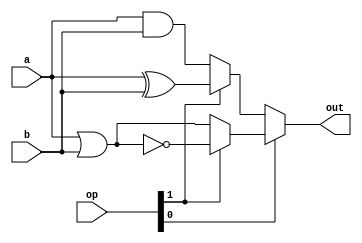
`ifndef GUARD_LOGIC_PART
`define GUARD_LOGIC_PART

module LogicPart (
    a,
    b,
    op,
    out
);

    input [31:0] a;
    input [31:0] b;
    input [1:0] op;
    output [31:0] out;

    wire [31:0] temp_or;
    wire [31:0] temp_xor_and;
    wire [31:0] temp_nor_or;

    assign temp_or = a | b;
    assign temp_nor_or = (op[1]) ? ~temp_or : temp_or;

    assign temp_xor_and = (op[1]) ? (a ^ b) : (a & b);

    assign out = (op[0]) ? temp_nor_or : temp_xor_and;

endmodule // LogicPart

`endif